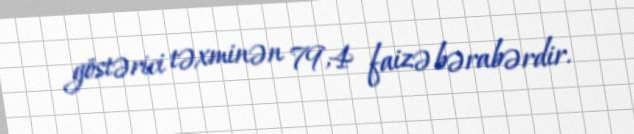
göstərici təxminən 79,4 faizə bərabərdir.